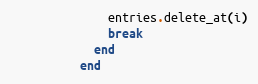
Language: Ruby
              entries.delete_at(i)
              break
            end
          end